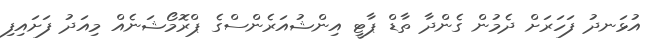
އުޅަނދު ފަހަރަށް ދެމުން ގެންދާ ތާޑް ޕާޓީ އިންޝުއަރެންސްގެ ޕްރޮމޯޝަނެއް މިއަދު ފަށައިފި